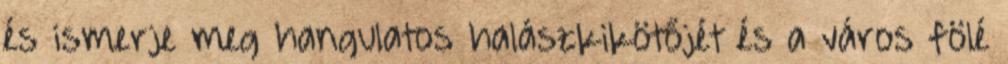
és ismerje meg hangulatos halászkikötőjét és a város fölé